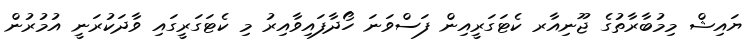
ޔައިޝް މިމުބާރާތުގެ ޖޫނިއާރ ކެޓަގަރީއިން ފަސްވަނަ ހޯދާފައިވާއިރު މި ކެޓަގަރީގައި ވާދަކުރަނީ އުމުރުން